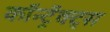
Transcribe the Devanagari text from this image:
कॉन्ट्रॅक्ट्स